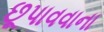
છૂપાવવાના